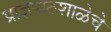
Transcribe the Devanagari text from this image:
प्राज्ञपाठशाळेचे